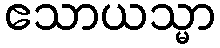
ဧသာယသ္မာ